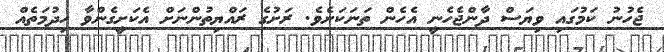
ޖެހުނު ކަމުގައި ވިޔަސް ދާންޖެހެނީ އެހެން ތަނަކަށެވެ. ރަށުގެ ރައްޔިތުންނަށް އެކަށީގެންވާ ހިދުމަތެއް